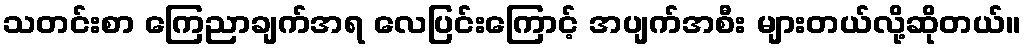
သတင်းစာ ကြေညာချက်အရ လေပြင်းကြောင့် အပျက်အစီး များတယ်လို့ဆိုတယ်။